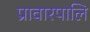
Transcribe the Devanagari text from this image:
प्रावारपालि